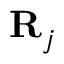
{ \bf R } _ { j }